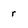
Character: r